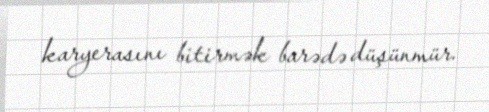
karyerasını bitirmək barədə düşünmür.